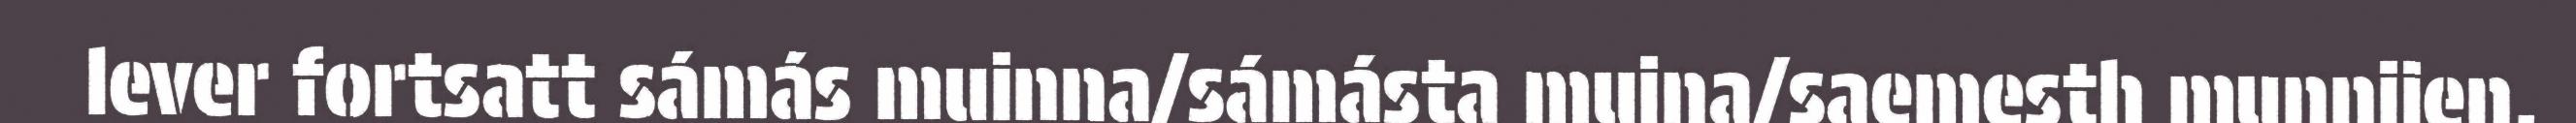
lever fortsatt sámás muinna/sámásta mujna/saemesth munnjien.